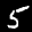
Label: 5